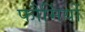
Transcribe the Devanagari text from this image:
फौर्मियों